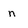
Character: n